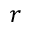
r